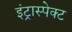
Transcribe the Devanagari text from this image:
इंट्रास्पेक्ट